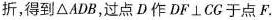
折，得到△ADB，过点D作DF⊥CG于点F.